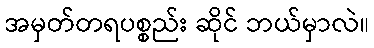
အမှတ်တရပစ္စည်း ဆိုင် ဘယ်မှာလဲ။